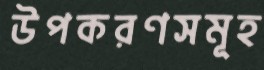
উপকরণসমূহ